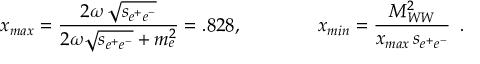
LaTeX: x _ { m a x } = { \frac { \displaystyle 2 \omega \, \sqrt { s _ { e ^ { + } e ^ { - } } } } { 2 \omega \sqrt { s _ { e ^ { + } e ^ { - } } } + m _ { e } ^ { 2 } } } = . 8 2 8 , \qquad \qquad x _ { m i n } = { \frac { \displaystyle M _ { W W } ^ { 2 } } { x _ { m a x } \, s _ { e ^ { + } e ^ { - } } } } \, \, \, .